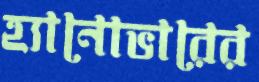
হ্যানোভারের